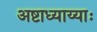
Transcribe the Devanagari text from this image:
अष्टाध्याय्याः